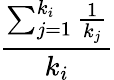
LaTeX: \frac{\sum_{j=1}^{k_{i}}{\frac{1}{k_{j}}}}{k_{i}}